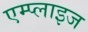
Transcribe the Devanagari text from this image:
एम्प्लाइज